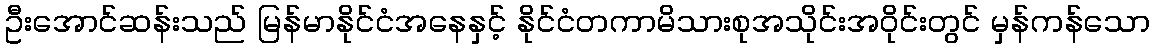
ဦးအောင်ဆန်းသည် မြန်မာနိုင်ငံအနေနှင့် နိုင်ငံတကာမိသားစုအသိုင်းအဝိုင်းတွင် မှန်ကန်သော